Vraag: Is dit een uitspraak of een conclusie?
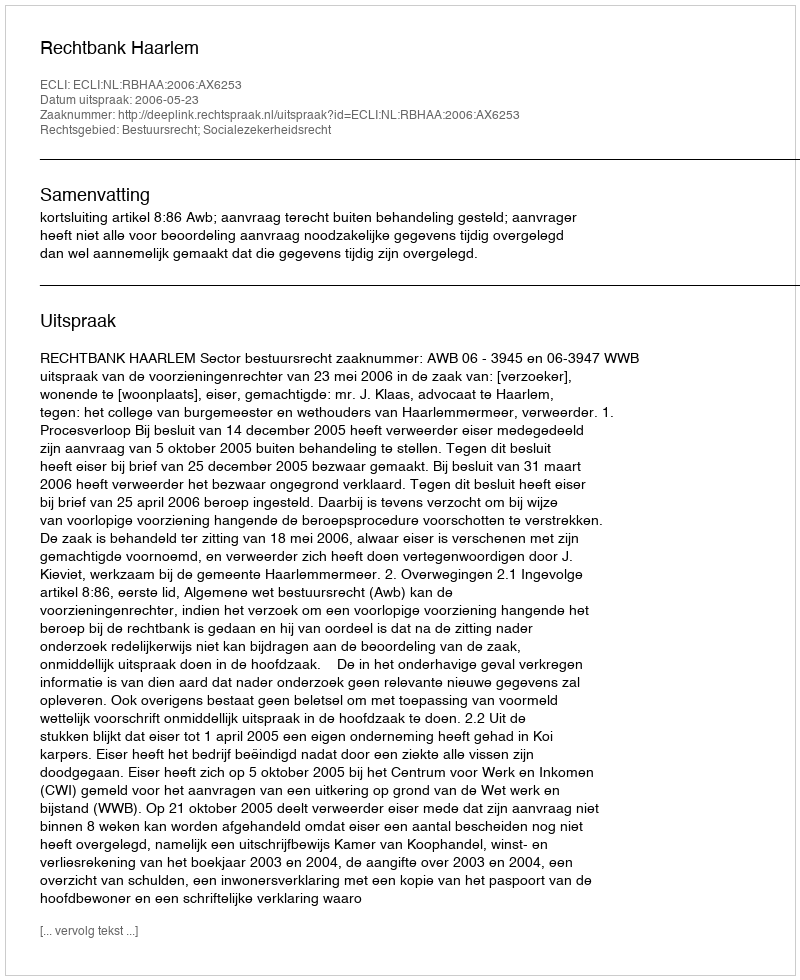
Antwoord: Uitspraak